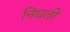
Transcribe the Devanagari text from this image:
निघती